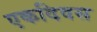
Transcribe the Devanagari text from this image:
एकदिवस